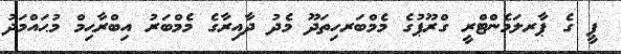
ޕީ ގެ ޕާރލަމެންޓްރީ ގްރޫޕުގެ މެމްބަރހިތަދޫ މެދު ދާއިރާގެ މެމްބަރު އިބްރާޙިމް މުޙައްމަދު